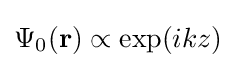
\Psi _{0}(\mathbf {r} )\propto \exp(ikz)